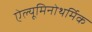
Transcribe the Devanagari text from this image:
ऐल्यूमिनोथर्मिक